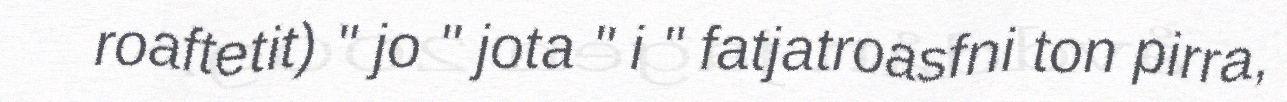
roaftetit) " jo " jota " i " fatjatroasfni ton pirra,